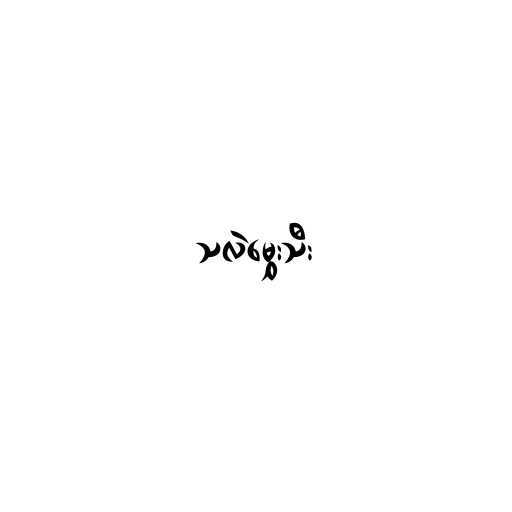
သလဲမွှေးသီး